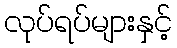
လုပ်ရပ်များနှင့်